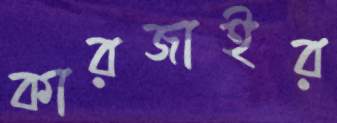
কারজাইর